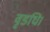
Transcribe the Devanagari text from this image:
वृडधि।